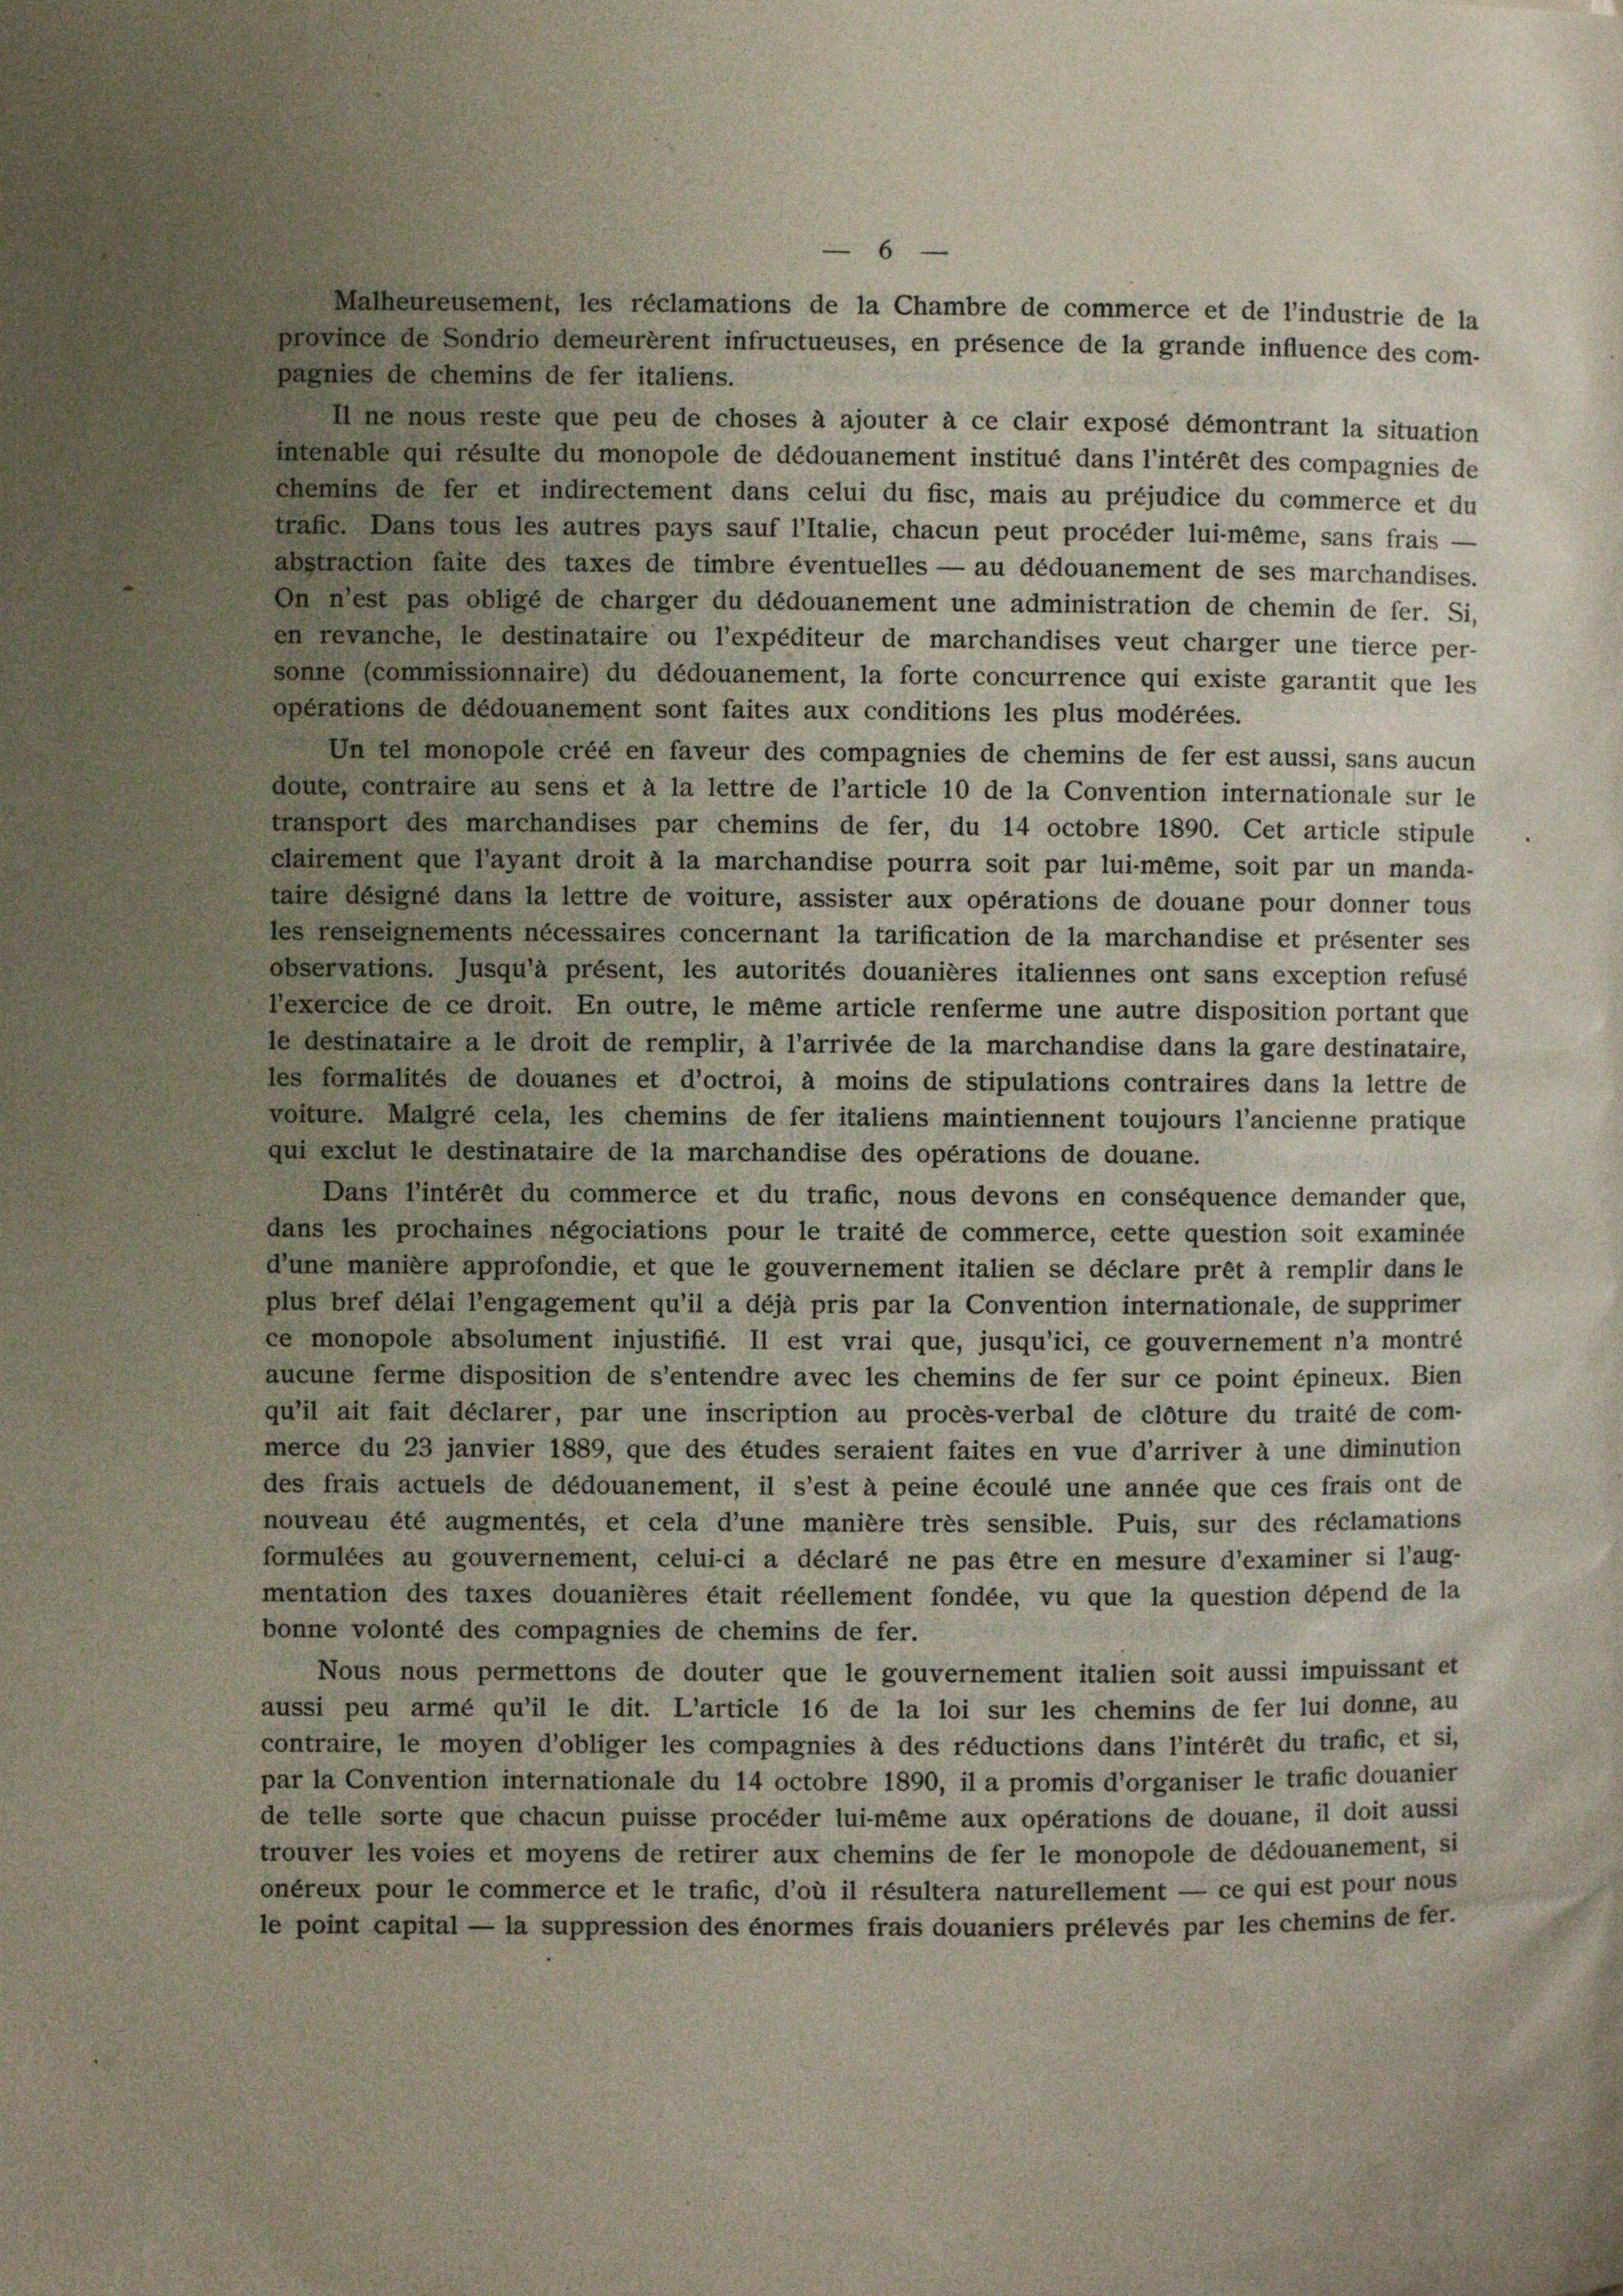
Mathenensement, les réclamations de la Chambre de commerce et de l’industrie de la
Boree de sondrie demeurerent infructueuses, en présence de la grande influence des com-
paenies de chemins de fer italiens.
ne nous teste que peu de choses à ajouter à ce clair exposé démontrant la situation
intenable qui resulte du monopole de dédouanement institué dans l’intérêt des compagnies de
emins de der et indirectement dans celui du fisc, mais au préjudice du commerce et du
trafe. Dans tous les autres pays sauf l’Italie, chacun peut procéder lui-même, sans frais -
abstraction faite des taxes de timbre éventuelles — au dédouanement de ses marchandises.
Dn Rest pas obligé de charger du dédouanement une administration de chemin de fer. Si,
en revanche, le destinataire ou l’expéditeur de marchandises veut charger une tierce per-
sonne commissionnaire) du dédouanement, la forte concurrence qui existe garantit que les
operations de dédouanement sont faites aux conditions les plus modérées.
Un tel monopele erte en faveur des compagnies de chemins de fer est aussi, sans aucun
daute, contrafe au sens et à la lettre de l’article 10 de la Convention internationale sur le
mansport des marchandises par chemins de fer, du 14 octobre 1890. Cet article stipule
dairement que l’ayant droit à la marchandise pourra soit par lui-même, soit par un manda-
taire désigné dans la lettre de voiture, assister aux opérations de douane pour donner tous
les denseignements nécessaires concernant la tarification de la marchandise et présenter ses
observations, jusqu’à présent, les autorités douanières italiennes ont sans exception refusé
Lexercice de ce droit. En outre, le même article renferme une autre disposition portant que
je destinataire a le droit de remplir, à l’arrivée de la marchandise dans la gare destinataire,
les formalités de douanes et d’octroi, à moins de stipulations contraires dans la lettre de
volture. Malgré cela, les chemins de fer italiens maintiennent toujours l’ancienne pratique
qui exclut le destinataire de la marchandise des opérations de douane.
Dans l’intérêt du commerce et du trafic, nous devons en conséquence demander que,
dans les prochaines negociations pour le traité de commerce, cette question soit examinée
dune manière approfondie, et que le gouvernement italien se déclare prêt à remplir dans le
plus bref délai l’engagement qu’il a déjà pris par la Convention internationale, de supprimer
ce monopole absolument injustifié. Il est vrai que, jusqu’ici, ce gouvernement n’a montré
aucune ferme disposition de s’entendre avec les chemins de fer sur ce point épineux. Bien
qu’il ait fait déclarer, par une inscription au procès-verbal de clôture du traité de com-
merce du 23 janvier 1889, que des études seraient faites en vue d’arriver à une diminution
des frais actuels de dédouanement, il s’est à peine écoulé une année que ces frais ont de
nouveau été augmentés, et cela d’une manière très sensible. Puis, sur des réclamations
formulées au gouvernement, celui-ci a déclaré ne pas être en mesure d’examiner si l’aug-
mentation des taxes douanières était réellement fondée, vu que la question dépend de la
bonne volonté des compagnies de chemins de fer.
Nous nous permettons de douter que le gouvernement italien soit aussi impuissant et
aussi peu armé qu’il le dit. L’article 16 de la loi sur les chemins de fer lui donne, au
contraire, le moyen d’obliger les compagnies à des réductions dans l’intérêt du trafic, et si,
par la Convention internationale du 14 octobre 1890, il a promis d’organiser le trafie douanier
de telle sorte que chacun puisse procéder lui-même aux opérations de douane, il doit aussi
trouver les voies et moyens de retirer aux chemins de fer le monopole de dédouanement, si
onéreux pour le commerce et le trafic, d’où il résultera naturellement — ce qui est pour nous
le point capital — la suppression des énormes frais douaniers prélevés par les chemins de fer.

6